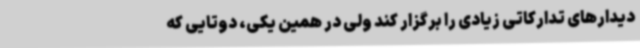
دیدارهای تدارکاتی زیادی را برگزار کند ولی در همین یکی، دوتایی که